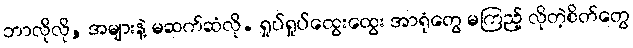
ဘာလိုလို, အများနဲ့ မဆက်ဆံလို. ရှုပ်ရှုပ်ထွေးထွေး အာရုံတွေ မကြည့် လိုတဲ့စိတ်တွေ